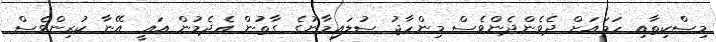
މިސްކިތާއި ހަމައަށް ދެވެންދެންވެސް މިންހާޖު ސުލައިމާނުގެ ގާތުން އެދެމުން އައީ އޭނާ ކުރިންވެސް